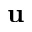
\textbf { u }